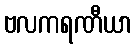
ဗလကရဏီယာ